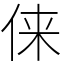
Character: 俫